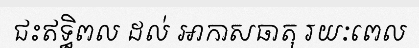
ជះឥទ្ធិពល ដល់ អាកាសធាតុ រយៈពេល